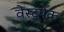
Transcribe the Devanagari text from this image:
वेस्टपेक